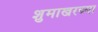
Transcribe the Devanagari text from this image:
शुमाखरच्या